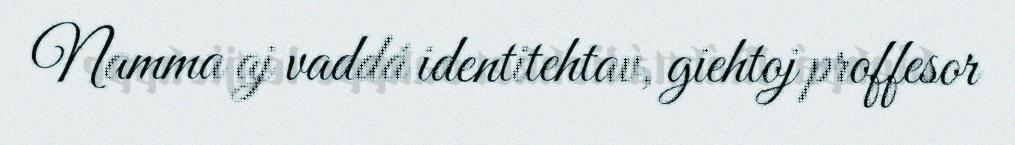
Namma aj vaddá identitehtav, giehtoj proffesor